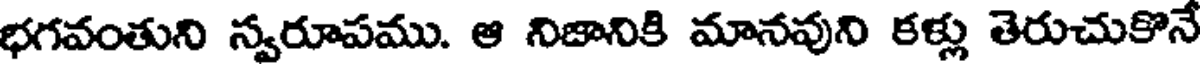
భగవంతుని స్వరూపము. ఆ నిజానికి మానవుని కళ్లు తెరుచుకొనే